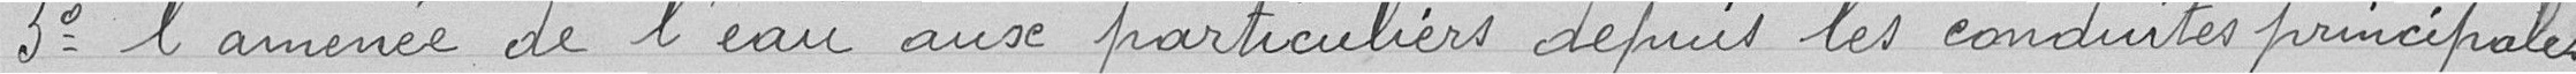
3° l'amenée de l'eau aux particuliers depuis les conduites municipales